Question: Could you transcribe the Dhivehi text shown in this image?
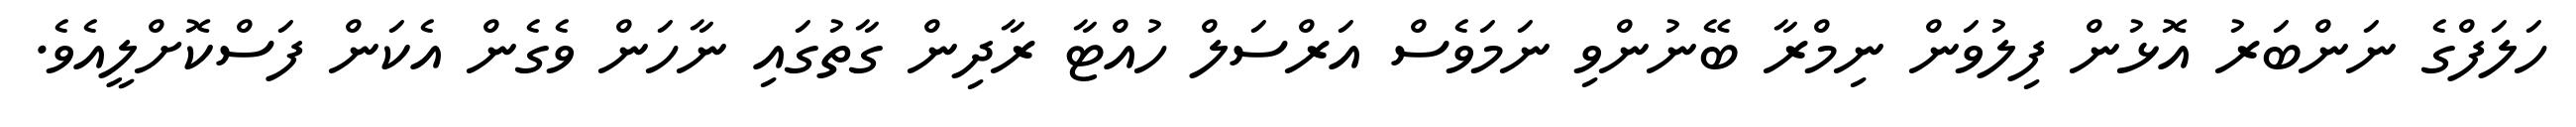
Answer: ހަލަފްގެ ނަންބަރު އޮޅުން ފިލުވަން ނިމްރާ ބޭނުންވި ނަމަވެސް އަރްސަލް ހުއްޓާ ރާދިން ގާތުގައި ނާހަން ވެގެން އެކަން ފަސްކޮށްލީއެވެ.